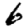
Digit: 6